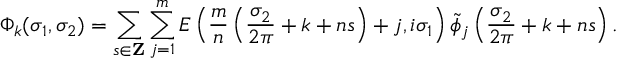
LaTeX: \Phi _ { k } ( \sigma _ { 1 } , \sigma _ { 2 } ) = \sum _ { s \in { \bf Z } } \sum _ { j = 1 } ^ { m } E \left( \frac { m } { n } \left( \frac { \sigma _ { 2 } } { 2 \pi } + k + n s \right) + j , i \sigma _ { 1 } \right) \widetilde { \phi } _ { j } \left( \frac { \sigma _ { 2 } } { 2 \pi } + k + n s \right) .